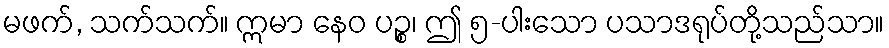
မဖက်, သက်သက်။ ဣမာ နေဝ ပဉ္စ၊ ဤ ၅-ပါးသော ပသာဒရုပ်တို့သည်သာ။